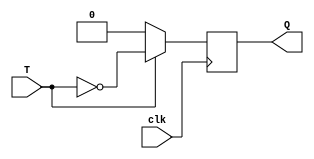
module tFlipflop(clk, T, Q);
	input clk, T;
	output Q;
	reg Q = 0;
	
	always @ (posedge clk) begin
		if (T == 1)
			Q = ~T;
		else
			Q = T;
	end
endmodule